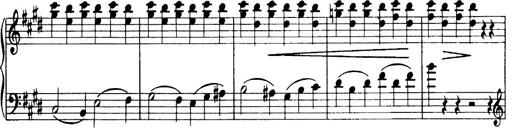
Title: 3 Sonatinas, Op.67
Composer: Jean Sibelius